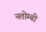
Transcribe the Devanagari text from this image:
नतोम्बी